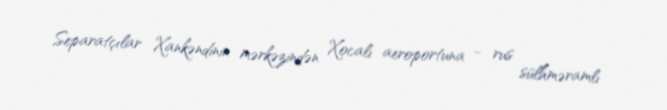
Separatçılar Xankəndinin mərkəzindən Xocalı aeroportuna - rus sülhməramlı